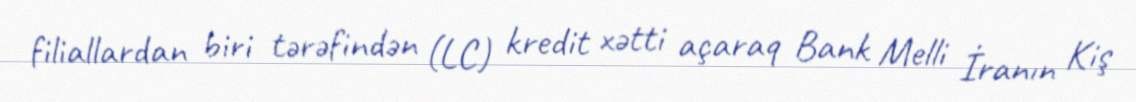
filiallardan biri tərəfindən (LC) kredit xətti açaraq Bank Melli İranın Kiş